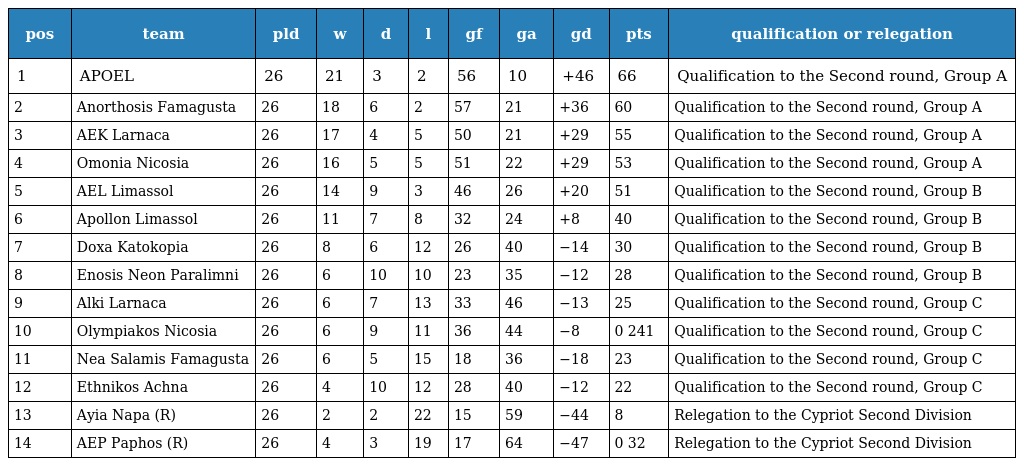
| pos | team | pld | w | d | l | gf | ga | gd | pts | qualification or relegation |
 | --- | --- | --- | --- | --- | --- | --- | --- | --- | --- | --- |
 | 1 | APOEL | 26 | 21 | 3 | 2 | 56 | 10 | +46 | 66 | Qualification to the Second round, Group A |
 | 2 | Anorthosis Famagusta | 26 | 18 | 6 | 2 | 57 | 21 | +36 | 60 | Qualification to the Second round, Group A |
 | 3 | AEK Larnaca | 26 | 17 | 4 | 5 | 50 | 21 | +29 | 55 | Qualification to the Second round, Group A |
 | 4 | Omonia Nicosia | 26 | 16 | 5 | 5 | 51 | 22 | +29 | 53 | Qualification to the Second round, Group A |
 | 5 | AEL Limassol | 26 | 14 | 9 | 3 | 46 | 26 | +20 | 51 | Qualification to the Second round, Group B |
 | 6 | Apollon Limassol | 26 | 11 | 7 | 8 | 32 | 24 | +8 | 40 | Qualification to the Second round, Group B |
 | 7 | Doxa Katokopia | 26 | 8 | 6 | 12 | 26 | 40 | −14 | 30 | Qualification to the Second round, Group B |
 | 8 | Enosis Neon Paralimni | 26 | 6 | 10 | 10 | 23 | 35 | −12 | 28 | Qualification to the Second round, Group B |
 | 9 | Alki Larnaca | 26 | 6 | 7 | 13 | 33 | 46 | −13 | 25 | Qualification to the Second round, Group C |
 | 10 | Olympiakos Nicosia | 26 | 6 | 9 | 11 | 36 | 44 | −8 | 0 241 | Qualification to the Second round, Group C |
 | 11 | Nea Salamis Famagusta | 26 | 6 | 5 | 15 | 18 | 36 | −18 | 23 | Qualification to the Second round, Group C |
 | 12 | Ethnikos Achna | 26 | 4 | 10 | 12 | 28 | 40 | −12 | 22 | Qualification to the Second round, Group C |
 | 13 | Ayia Napa (R) | 26 | 2 | 2 | 22 | 15 | 59 | −44 | 8 | Relegation to the Cypriot Second Division |
 | 14 | AEP Paphos (R) | 26 | 4 | 3 | 19 | 17 | 64 | −47 | 0 32 | Relegation to the Cypriot Second Division |